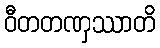
ဝီတတဏှဿာတိ